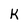
Character: K